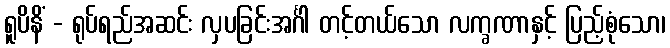
ရူပိနိံ - ရုပ်ရည်အဆင်း လှပခြင်းအင်္ဂါ တင့်တယ်သော လက္ခဏာနှင့် ပြည့်စုံသော၊